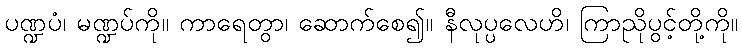
ပဏ္ဍပံ၊ မဏ္ဍပ်ကို။ ကာရေတွာ၊ ဆောက်စေ၍။ နီလုပ္ပလေဟိ၊ ကြာညိုပွင့်တို့ကို။